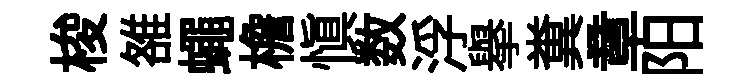
梭雒蠅檐慎数浮舉糞章阳